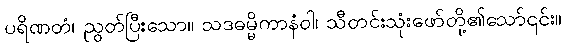
ပရိဏတံ၊ ညွတ်ပြီးသော။ သဒဓမ္မိကာနံဝါ၊ သီတင်းသုံးဖော်တို့၏သော်၎င်း။